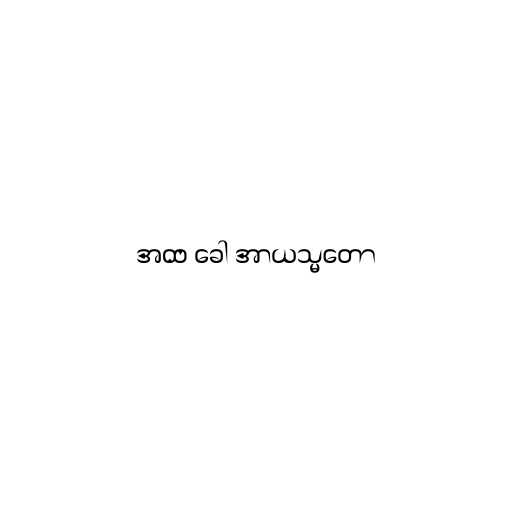
အထ ခေါ အာယသ္မတော